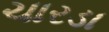
ચારડા